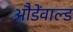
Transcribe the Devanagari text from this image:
औडेंवाल्ड